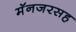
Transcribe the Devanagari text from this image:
मॅनजरसह